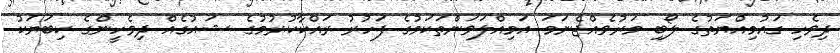
ދިވެހި ގައުމިއްޔަތުގެ ލޯބި މަރުވެއްޖެނަމަ އަމިއްލަވަންތަކަމުގެ ފަހުރު ރައްކާކުރުމުގެ ޝައުގެއް ދިވެހީންގެ ކިބަޔަކު